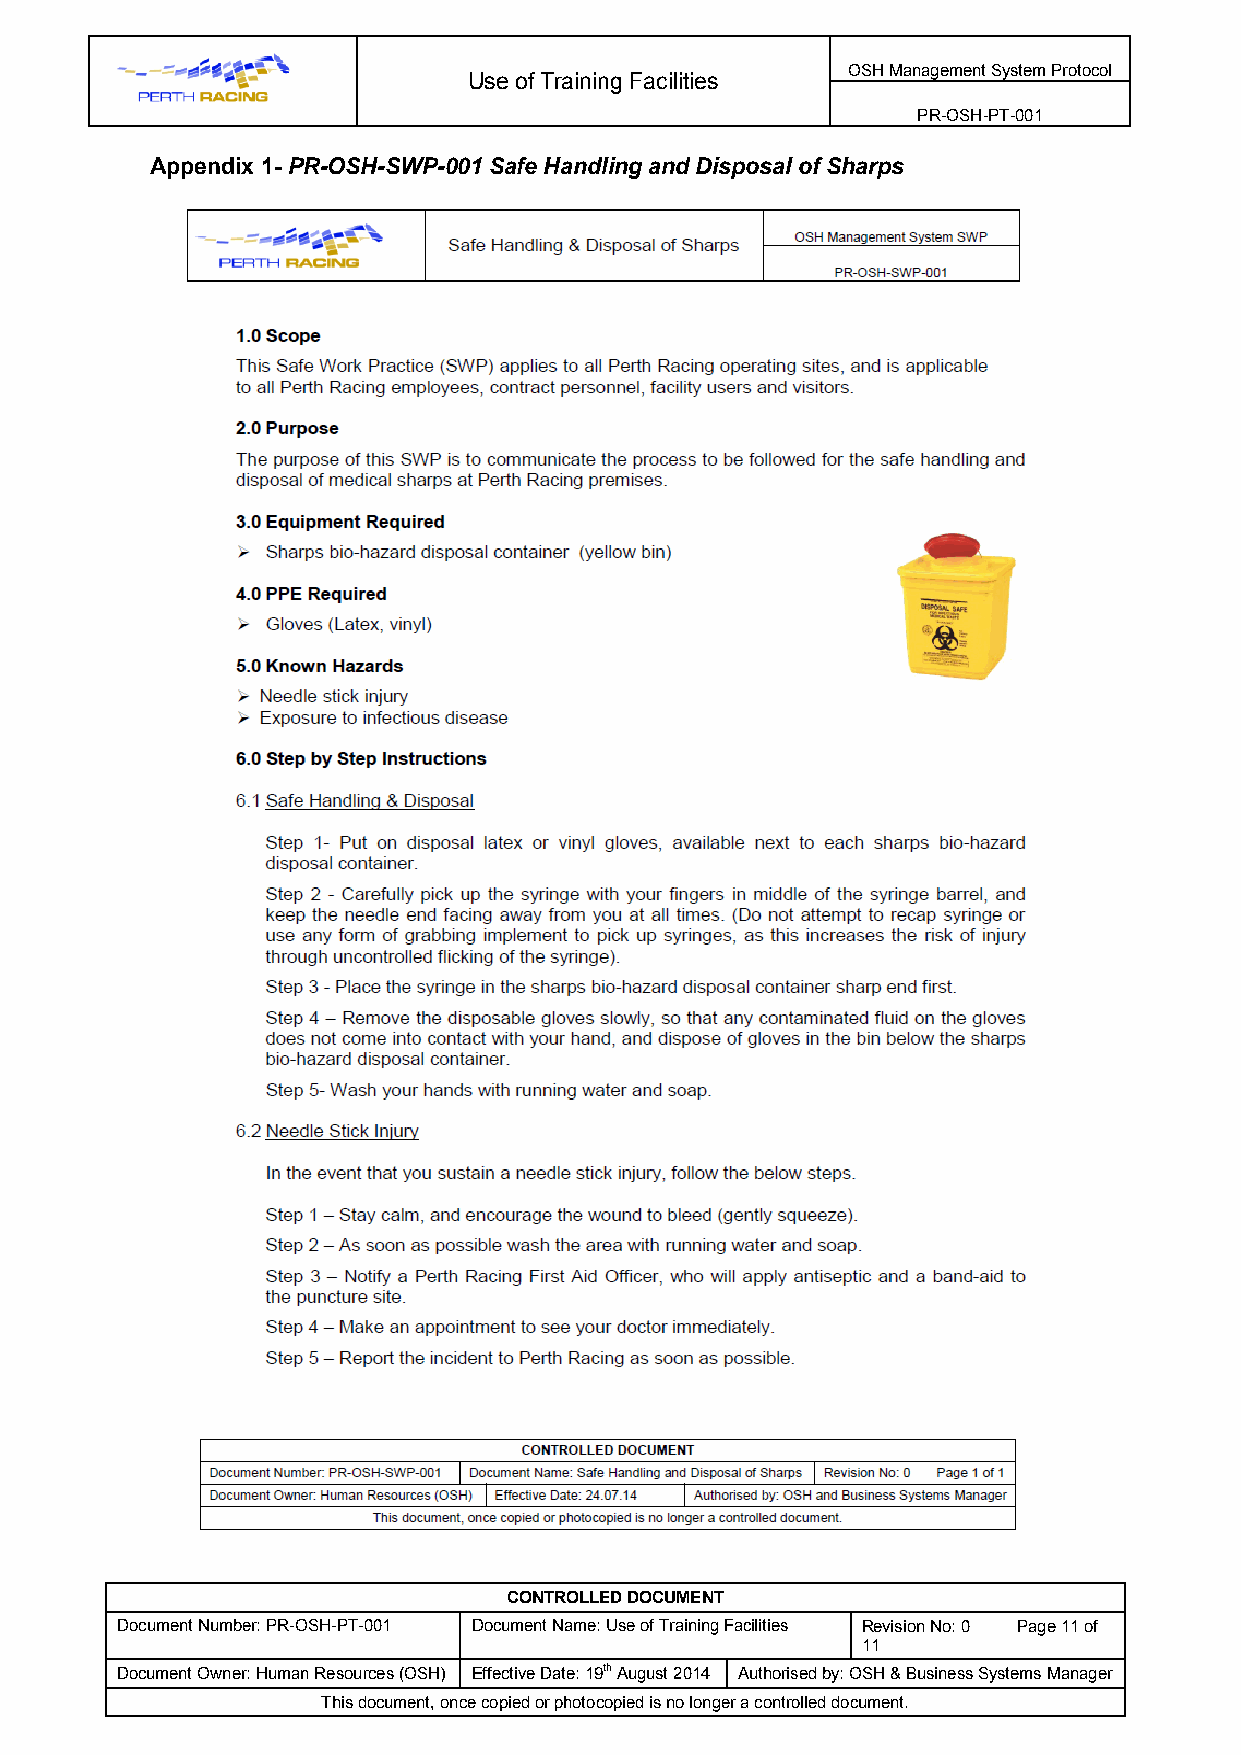
OSH Management System Protocol
 Use of Training Facilities
 PR-OSH-PT-001
 Appendix 1- PR-OSH-SWP-001 Safe Handling and Disposal of Sharps
 CONTROLLED DOCUMENT
 Document Number: PR-OSH-PT-001 Document Name: Use of Training Facilities Revision No: 0 Page 11 of
 11
 Document Owner: Human Resources (OSH) Effective Date: 19th August 2014 Authorised by: OSH & Business Systems Manager
 This document, once copied or photocopied is no longer a controlled document.